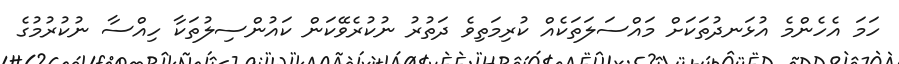
ހަމަ އެހެންމެ އުޅަނދުތަކަށް މައްސަލަތަކެއް ކުރިމަތިވެ ދަތުރު ނުކުރެވޭކަން ކައުންސިލުތަކާ ހިއްސާ ނުކުރުމުގެ